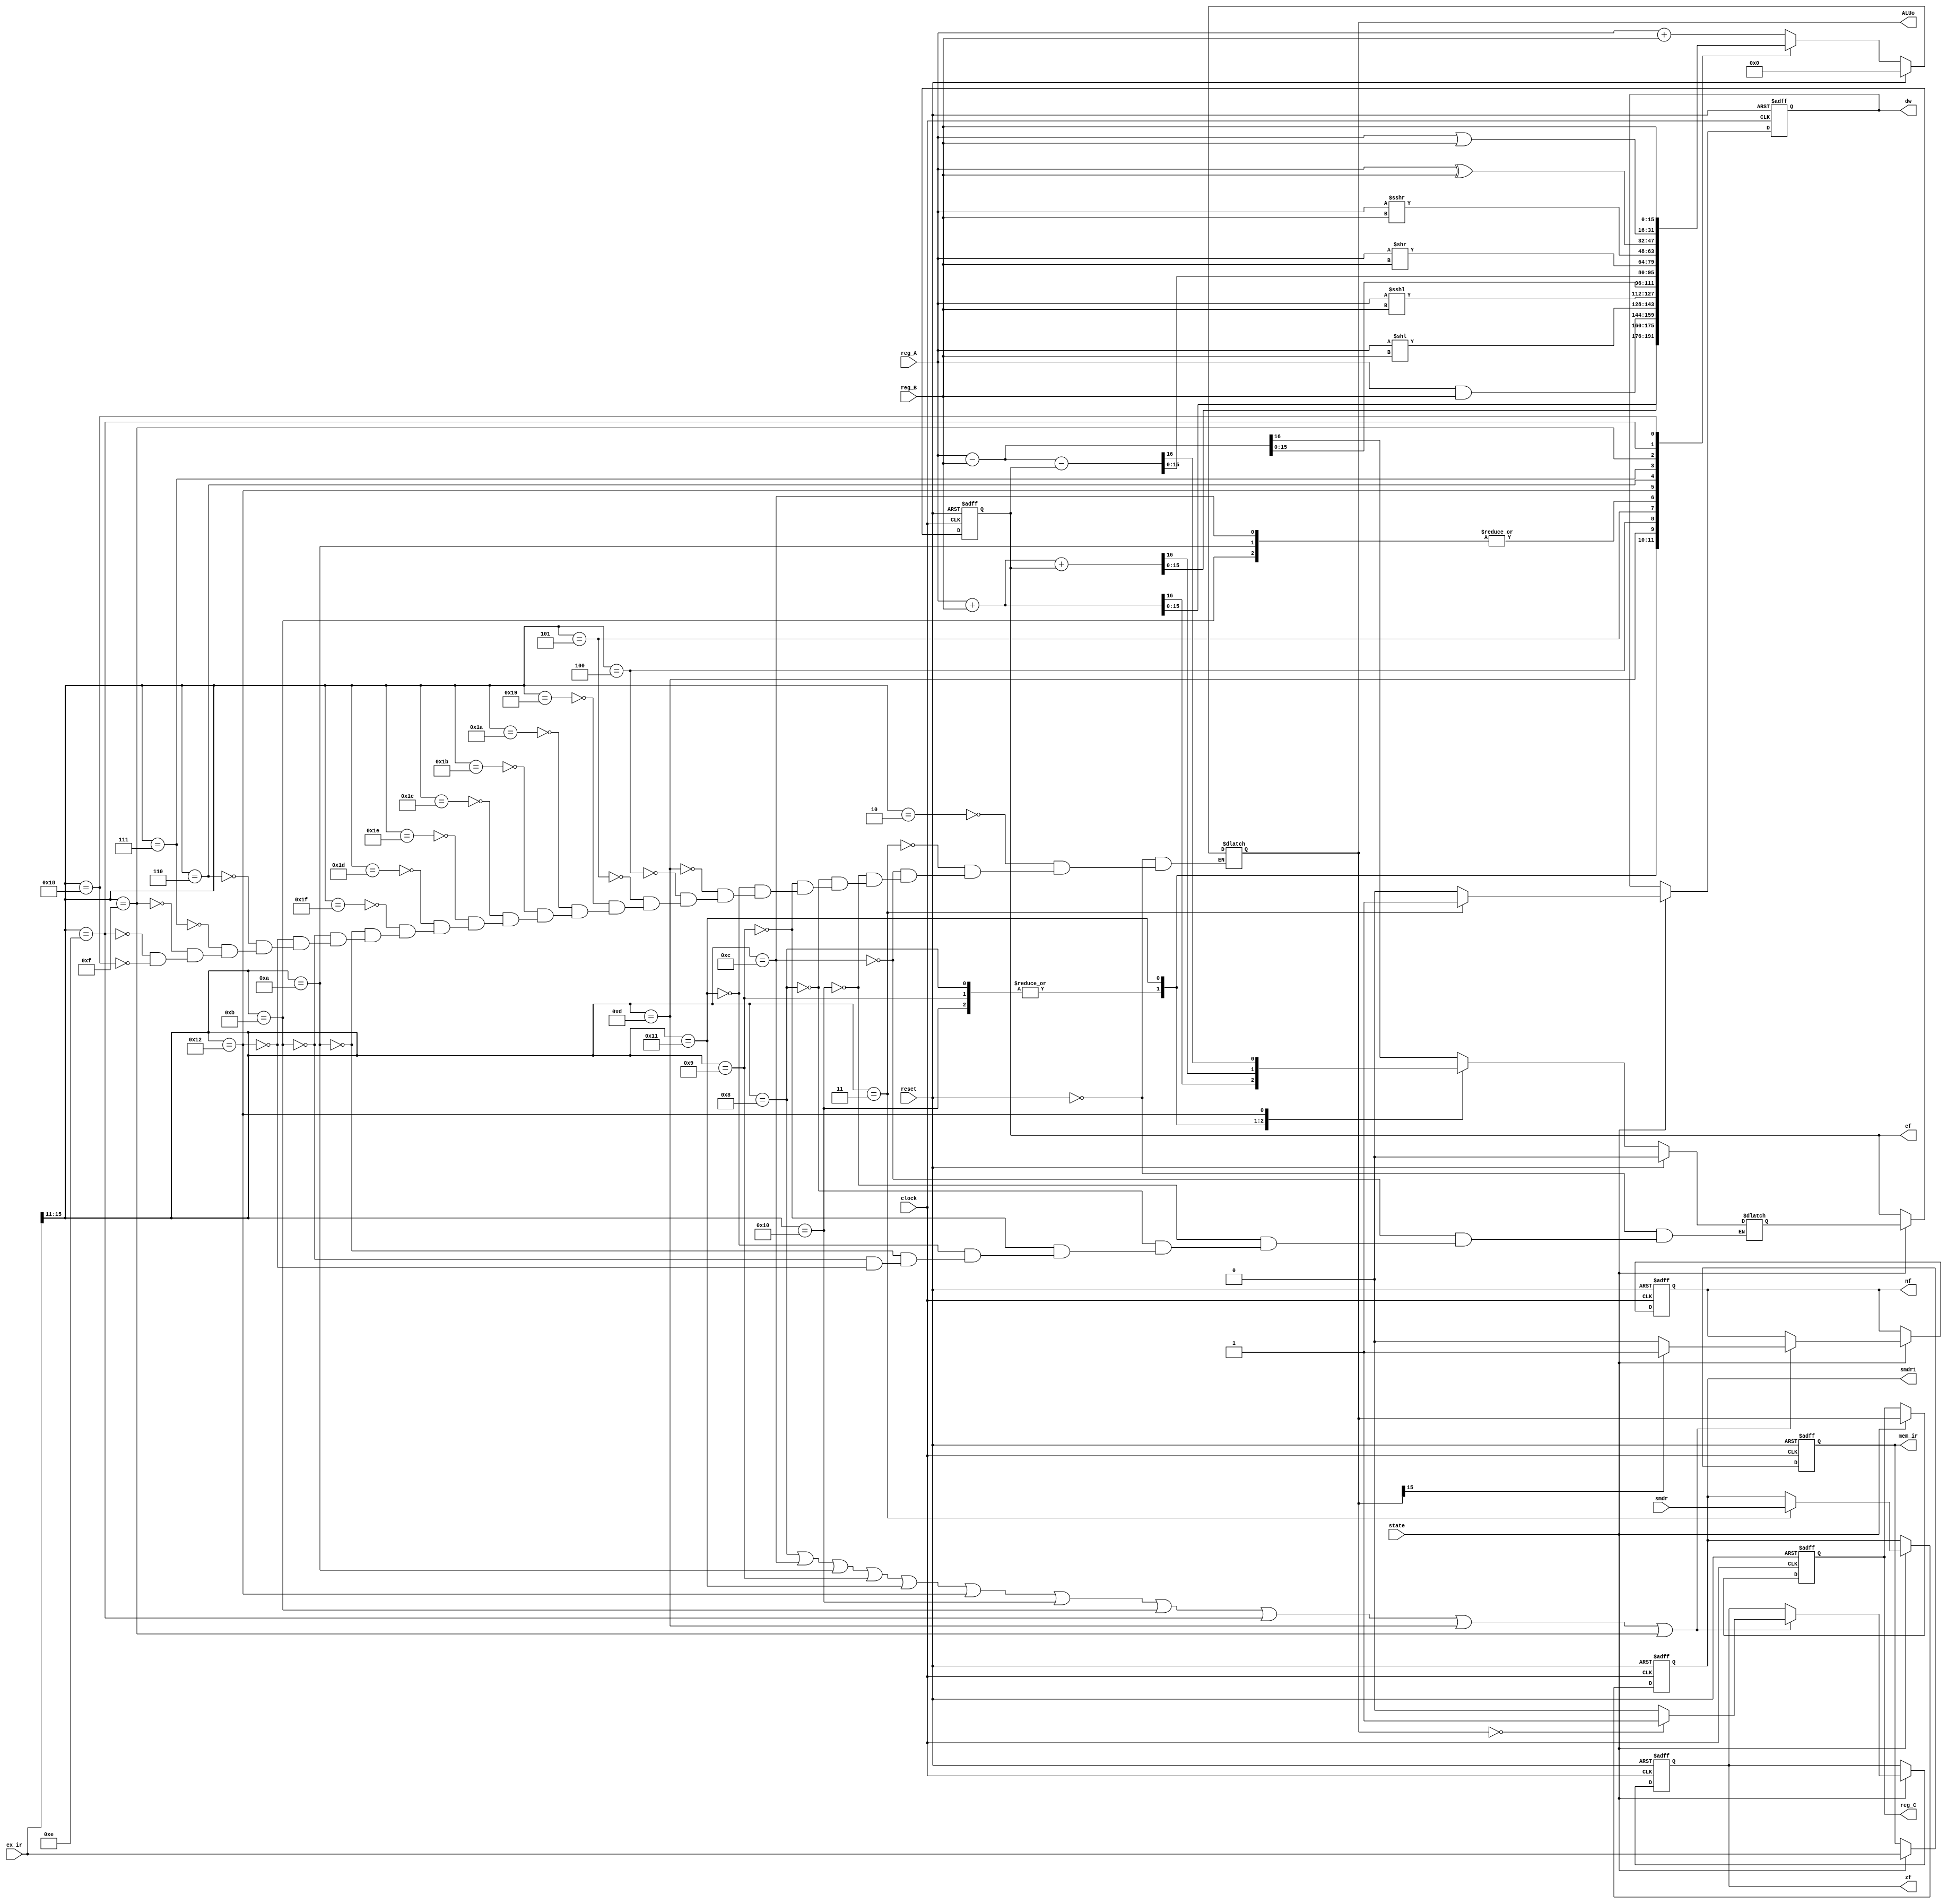
`timescale 1ns / 1ps
//////////////////////////////////////////////////////////////////////////////////
// Company: 
// Engineer: 
// 
// Design Name: 
// Module Name:    EX 
// Project Name: 
// Target Devices: 
// Tool versions: 
// Description: 
//
// Dependencies: 
//
// Revision: 
// Revision 0.01 - File Created
// Additional Comments: 
//
//////////////////////////////////////////////////////////////////////////////////
`define idle	1'b0
`define exec	1'b1
// instruction 
`define NOP	5'b00000
`define HALT	5'b00001
`define LOAD	5'b00010
`define STORE	5'b00011
`define SLL	5'b00100
`define SLA	5'b00101
`define SRL	5'b00110
`define SRA	5'b00111
`define ADD	5'b01000
`define ADDI	5'b01001
`define SUB	5'b01010
`define SUBI	5'b01011
`define CMP	5'b01100
`define AND	5'b01101
`define OR	5'b01110
`define XOR	5'b01111
`define LDIH	5'b10000
`define ADDC	5'b10001
`define SUBC	5'b10010
`define JUMP	5'b11000
`define JMPR	5'b11001
`define BZ	5'b11010
`define BNZ	5'b11011
`define BN	5'b11100
`define BNN	5'b11101
`define BC	5'b11110
`define BNC	5'b11111
//register 
`define gr0	3'b000
`define gr1	3'b001
`define gr2	3'b010
`define gr3	3'b011
`define gr4	3'b100
`define gr5	3'b101
`define gr6	3'b110
`define gr7	3'b111

`define haha 16'b0000000000000000

module EX(
input wire clock,reset,state,
input wire[15:0]ex_ir,smdr,reg_A,reg_B,
output reg cf,nf,zf,dw,
output reg[15:0]mem_ir,reg_C,smdr1,ALUo
    );


//reg [15:0]temp = 16'b0000000000000000;
reg CF;
always @(posedge clock or posedge reset)//flag
begin
	if (reset)
		begin
		mem_ir <= 16'b0000_0000_0000_0000;
		reg_C <= 16'b0000_0000_0000_0000;
		zf <= 0;
		nf <= 0;
		dw <= 0;
		cf <= 0;
		smdr1 <= 16'b0000_0000_0000_0000;
		end
	else if (state == `exec)
			begin
				mem_ir <= ex_ir;
				cf <= CF;
				reg_C <= ALUo;
				if ((ex_ir[15:11] == `ADD) 
				|| (ex_ir[15:11] == `CMP)
				||(ex_ir[15:11] == `SUB)
				||(ex_ir[15:11] == `ADDI)
				||(ex_ir[15:11] == `ADDC)
				||(ex_ir[15:11] == `SUBC)
				||(ex_ir[15:11] == `LDIH)
				||(ex_ir[15:11] == `SUBI)
				||(ex_ir[15:11] == `OR)
				||(ex_ir[15:11] == `AND)
				||(ex_ir[15:11] == `XOR))
					begin
						if (ALUo == 16'b0000_0000_0000_0000)
							zf <= 1'b1;
						else
							zf <= 1'b0;
						if (ALUo[15] == 1'b1)
							nf <= 1'b1;
						else
							nf <= 1'b0;
					end
				if (ex_ir[15:11] == `STORE)
					begin
						dw <= 1'b1;
						smdr1 <= smdr;
					end
				else
				 begin
					dw <= 1'b0;
				 end
			end
end

wire signed [15:0]temp;
assign temp = reg_A;

always@(*)//cf
begin
  if(reset)
  begin
  ALUo <= 16'b0000_0000_0000_0000;
  CF <= 1'b0;
  end
  else
   begin
    case(ex_ir[15:11]) 
    `LOAD : ALUo <= reg_A + reg_B;
    `STORE : ALUo<= reg_A + reg_B;
	 `CMP:{CF,ALUo} <= reg_A - reg_B;
    `LDIH :  {CF,ALUo}<= reg_A + reg_B;
    `ADD : {CF,ALUo} <= reg_A + reg_B;
    `ADDI:{CF,ALUo} <= reg_A + reg_B ;
    `ADDC : {CF,ALUo}<= reg_A + reg_B + cf;
    `AND : ALUo <= reg_A&reg_B;
    `SLL : ALUo <= reg_A<<reg_B; 
    `SLA : ALUo <= temp <<< reg_B;
    `JMPR :ALUo <= reg_A + reg_B;
    `BZ :ALUo <= reg_A + reg_B;
    `BNZ :ALUo<= reg_A + reg_B;
    `BN :ALUo <= reg_A + reg_B;
    `BC :ALUo <= reg_A + reg_B;
	 `BNN:ALUo <= reg_A + reg_B;
	 `BNC:ALUo <= reg_A + reg_B;
	 `SUB:{CF,ALUo} <= reg_A - reg_B;
	 `SUBI: {CF,ALUo} <= reg_A - reg_B ;
	 `SUBC: {CF,ALUo}<= reg_A - reg_B - cf;
	 `SRL:ALUo <= reg_A>>reg_B; 
	 `SRA: ALUo <= temp >>> reg_B; 
	 `XOR: ALUo<= reg_A^reg_B;
	 `OR:ALUo<= reg_A|reg_B;
	 `JUMP:ALUo<=reg_B;
	 default:ALUo <= ALUo;
	 endcase
  end
end
endmodule

/*if(reg_A[15] == 1'b1&&reg_B[15:0] != `haha) 
			 begin 
			   if(reg_B[3:0] == 4'b0001) ALUo[15]<=1'b1;
            if(reg_B[3:0] == 4'b0010) ALUo[15:14]<=2'b11;
				if(reg_B[3:0] == 4'b0011) ALUo[15:13]<=3'b111;
				if(reg_B[3:0] == 4'b0100) ALUo[15:12]<=4'b1111;
				if(reg_B[3:0] == 4'b0101) ALUo[15:11]<=5'b11111;
				if(reg_B[3:0] == 4'b0110) ALUo[15:10]<=6'b111111;
				if(reg_B[3:0] == 4'b0111) ALUo[15:9]<=7'b1111111;
				if(reg_B[3:0] == 4'b1000) ALUo[15:8]<=8'b11111111;
				if(reg_B[3:0] == 4'b1001) ALUo[15:7]<=9'b111111111;
				if(reg_B[3:0] == 4'b1010) ALUo[15:6]<=10'b1111111111;
				if(reg_B[3:0] == 4'b1011) ALUo[15:5]<=11'b11111111111;
				if(reg_B[3:0] == 4'b1100) ALUo[15:4]<=12'b111111111111;
				if(reg_B[3:0] == 4'b1101) ALUo[15:3]<=13'b1111111111111;
				if(reg_B[3:0] == 4'b1110) ALUo[15:2]<=14'b11111111111111;
				if(reg_B[3:0] == 4'b1111) ALUo[15:1]<=15'b111111111111111;
			 end */